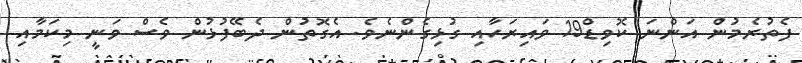
ފެތުރެމުން އަންނަ ކޮވިޑް19 ވައިރަހާއި ގުޅިގެންނެވެ. އެގޮތުން ދެބޭފުޅުން ވެސް ވަނީ މިކަމާއި